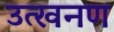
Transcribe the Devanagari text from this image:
उत्खनण